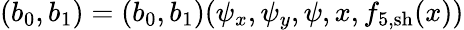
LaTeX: (b_{0},b_{1})=(b_{0},b_{1})(\psi_{x},\psi_{y},\psi,x,f_{5,\mathrm{sh}}(x))